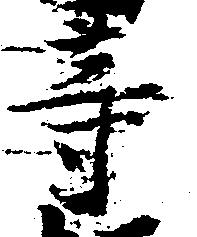
等